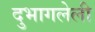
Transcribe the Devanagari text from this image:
दुभागलेली